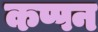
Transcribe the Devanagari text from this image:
कप्पन